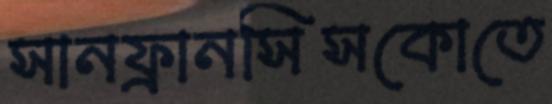
সানফ্রানসিসকোতে